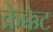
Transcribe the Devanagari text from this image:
क्रेक्केट